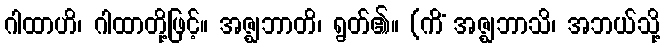
ဂါထာဟိ၊ ဂါထာတို့ဖြင့်။ အဇ္ဈဘာတိ၊ ရွတ်၏။ (ကိံ အဇ္ဈဘာသိ၊ အဘယ်သို့